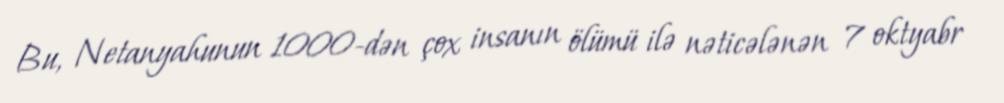
Bu, Netanyahunun 1000-dən çox insanın ölümü ilə nəticələnən 7 oktyabr